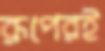
রূপেরই